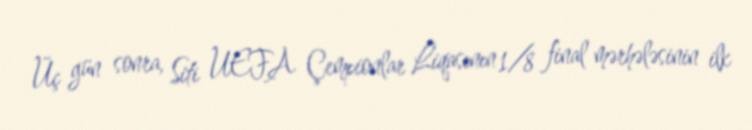
Üç gün sonra, Siti UEFA Çempionlar Liqasının 1/8 final mərhələsinin ilk